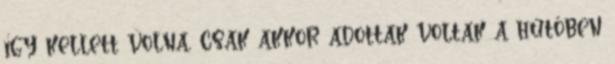
így kellett volna, csak akkor adottak voltak a hűtőben